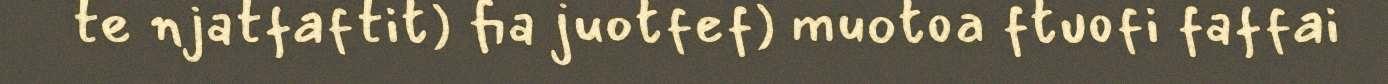
te njatfaftit) fia juotfef) muotoa ftuofi faffai